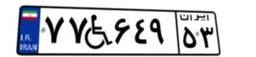
۷۷W۶۴۹۵۳